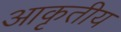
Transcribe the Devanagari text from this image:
आकृतीय